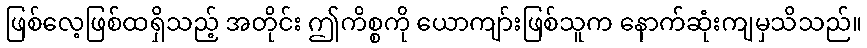
ဖြစ်လေ့ဖြစ်ထရှိသည့် အတိုင်း ဤကိစ္စကို ယောကျာ်းဖြစ်သူက နောက်ဆုံးကျမှသိသည်။